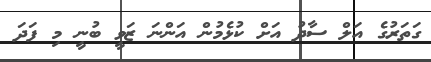
ގަތަރުގެ އަލް ސާދު އަށް ކުޅެމުން އަންނަ ޒަވީ ބުނީ މި ފަދަ